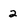
Character: 2